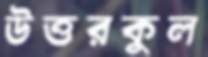
উত্তরকুল